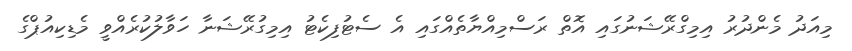
މިއަދު މެންދުރު އިމިގްރޭޝަނުގައި އޮތް ރަސްމިއްޔާތެއްގައި އެ ސެޓުފިކެޓު އިމިގުރޭޝަނާ ހަވާލުކުރެއްވީ މެޑިކިއުޕްގެ